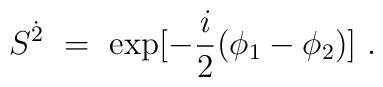
S^{\dot{2}} ~=~ {\rm exp}[-\frac{i}{2}(\phi_1-\phi_2)]~.